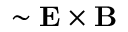
\sim { \bf E } \times { \bf B }